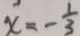
x = - \frac { 1 } { 3 }